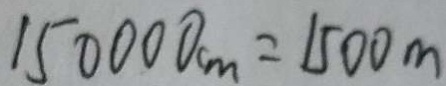
1 5 0 0 0 0 m = 1 5 0 0 m